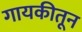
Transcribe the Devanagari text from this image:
गायकीतून